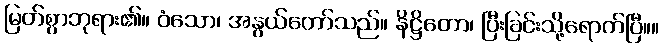
မြတ်စွာဘုရား၏။ ဝံသော၊ အနွယ်တော်သည်။ နိဋ္ဌိတော၊ ပြီးခြင်းသို့ရောက်ပြီ။။